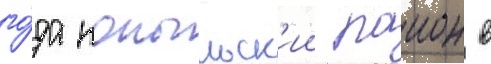
го́да копыльск'ии раион в